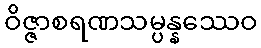
ဝိဇ္ဇာစရဏသမ္ပန္နဿေဝ